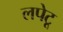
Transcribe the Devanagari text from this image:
लपेटू